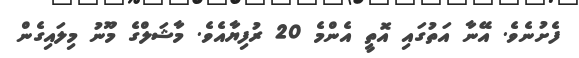
ފެށުނެވެ. އޭނާ އަތުގައި އޮތީ އެންމެ 20 ރުފިޔާއެވެ. މާޝަލްގެ މޫނު މިލައިގެން